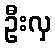
ဦးလှ